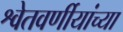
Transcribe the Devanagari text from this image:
श्वेतवर्णीयांच्या